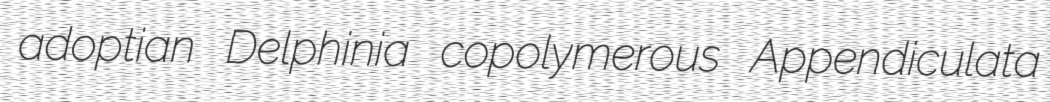
adoptian Delphinia copolymerous Appendiculata